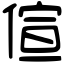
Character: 𠊿